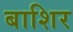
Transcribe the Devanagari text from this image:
बाशिर